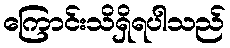
ကြောင်းသိရှိရပါသည်